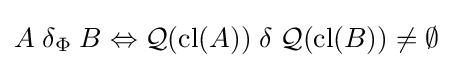
A\mathrel {\delta _{\Phi }} B\Leftrightarrow {\mathcal {Q}}({\mbox{cl}}(A))\mathrel {\delta } {\mathcal {Q}}({\mbox{cl}}(B))\neq \emptyset